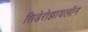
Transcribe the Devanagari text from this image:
सिडेरोझायलॉन